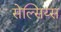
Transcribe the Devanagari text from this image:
सेल्सिय्स